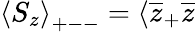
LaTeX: \left\langle S_{z}\right\rangle_{+--}=\langle\overline{{{z}}}_{+}\overline{{{z}}}